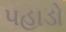
પહાડો